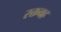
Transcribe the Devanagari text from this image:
रक्तवह